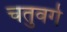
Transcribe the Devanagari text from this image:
चतुवर्ग